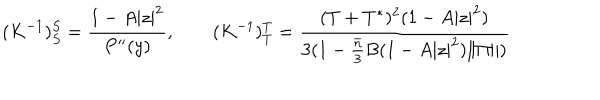
LaTeX: ( K ^ { - 1 } ) _ { S } ^ { S } = \frac { 1 - A | z | ^ { 2 } } { P ^ { \prime \prime } ( y ) } , \qquad ( K ^ { - 1 } ) _ { T } ^ { T } = \frac { ( T + T ^ { * } ) ^ { 2 } ( 1 - A | z | ^ { 2 } ) } { 3 ( 1 - \frac { \bar { n } } { 3 } B ( 1 - A | z | ^ { 2 } ) \| \Pi \| ) }